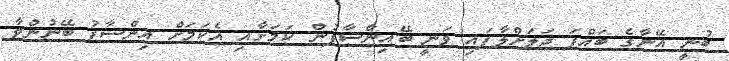
ބުނީ އޭނާގެ ބައްޕަ ޖަލަށްލާފައި ވަނީ ބޭއިންސާފުން ކަމަށާއި އެކަމަށް އިންސާފު ބޭނުންވާ